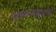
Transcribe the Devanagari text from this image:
बालासमुद्रमं